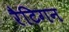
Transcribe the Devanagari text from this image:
रैटिगन